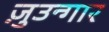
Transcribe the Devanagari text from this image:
ज़ुउन्गार